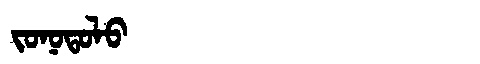
Manchu: ᠵᠣᠨᠣᡨᠣᠯᠣ
Romanization: JONOTOLO